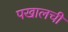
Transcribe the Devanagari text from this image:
पखालची